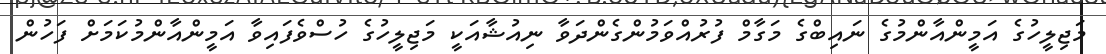
މަޖިލީހުގެ އަމީންއާންމުގެ ނައިބްގެ މަގާމް ފުރުއްވަމުންގެންދަވާ ނިއުޝާއަކީ މަޖިލީހުގެ ހުސްވެފައިވާ އަމީންއާންމުކަމަށް ފަހުން